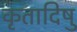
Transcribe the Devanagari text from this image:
कृतादिषु